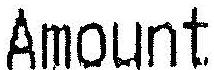
AMOUNT